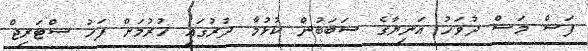
ފަސް މަސް ދުވަހު އަނިޔާގެ ސަަބަބުން ކުޅުމާ ދުރުގައި ހުރުމަށް ފަހު ސްޓަރިޖް